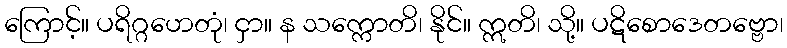
ကြောင့်။ ပရိဂ္ဂဟေတုံ၊ ငှာ။ န သက္ကောတိ၊ နိုင်။ ဣတိ၊ သို့။ ပဋိစောဒေတဗ္ဗော၊